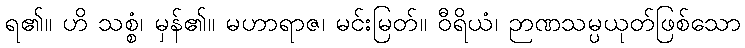
ရ၏။ ဟိ သစ္စံ၊ မှန်၏။ မဟာရာဇ၊ မင်းမြတ်။ ဝီရိယံ၊ ဉာဏသမ္ပယုတ်ဖြစ်သော